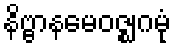
နိဗ္ဗာနမေဝဇ္ဈဂမုံ